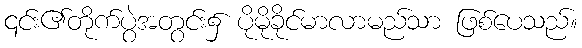
၎င်း၏တိုက်ပွဲအတွင်း၌ ပိုမိုခိုင်မာလာမည်သာ ဖြစ်ပေသည်။